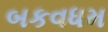
બકવધમ